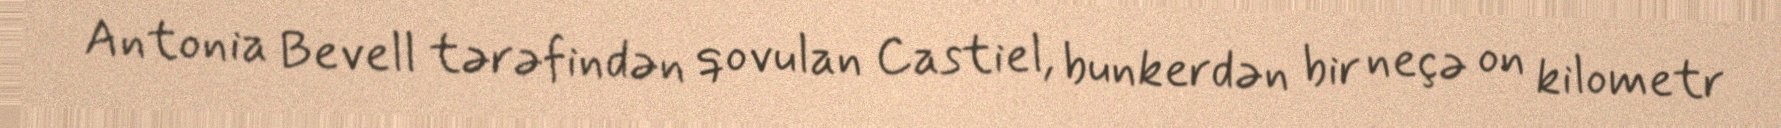
Antonia Bevell tərəfindən qovulan Castiel, bunkerdən bir neçə on kilometr